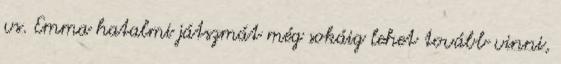
vs. Emma hatalmi játszmát még sokáig lehet tovább vinni,